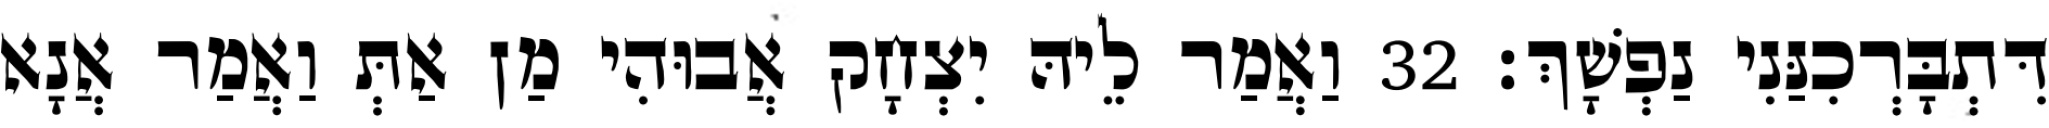
דִּתְבָּרְכִנַּנִי נַפְשָׁךְ׃ 32 וַאֲמַר לֵיהּ יִצְחָק אֲבוּהִי מַן אַתְּ וַאֲמַר אֲנָא